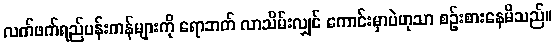
လက်ဖက်ရည်ပန်းကန်များကို ရောဘတ် လာသိမ်းလျှင် ကောင်းမှာပဲဟုသာ စဉ်းစားနေမိသည်။